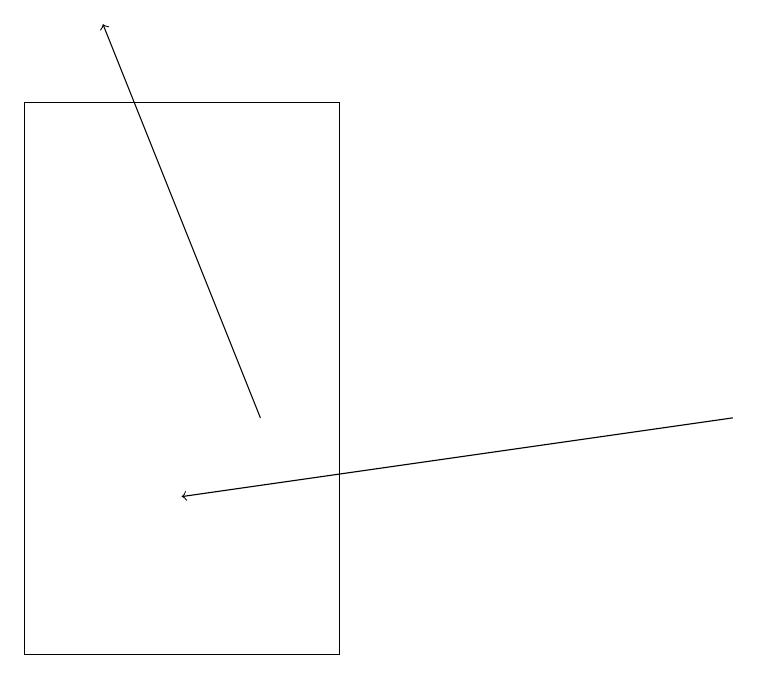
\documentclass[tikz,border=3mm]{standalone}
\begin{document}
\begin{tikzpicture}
\draw[->] (9,14) -- (2,13);
\draw (4,18) rectangle (0,11);
\draw[->] (3,14) -- (1,19);
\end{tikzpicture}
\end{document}